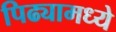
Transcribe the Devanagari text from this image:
पिढ्यामध्ये